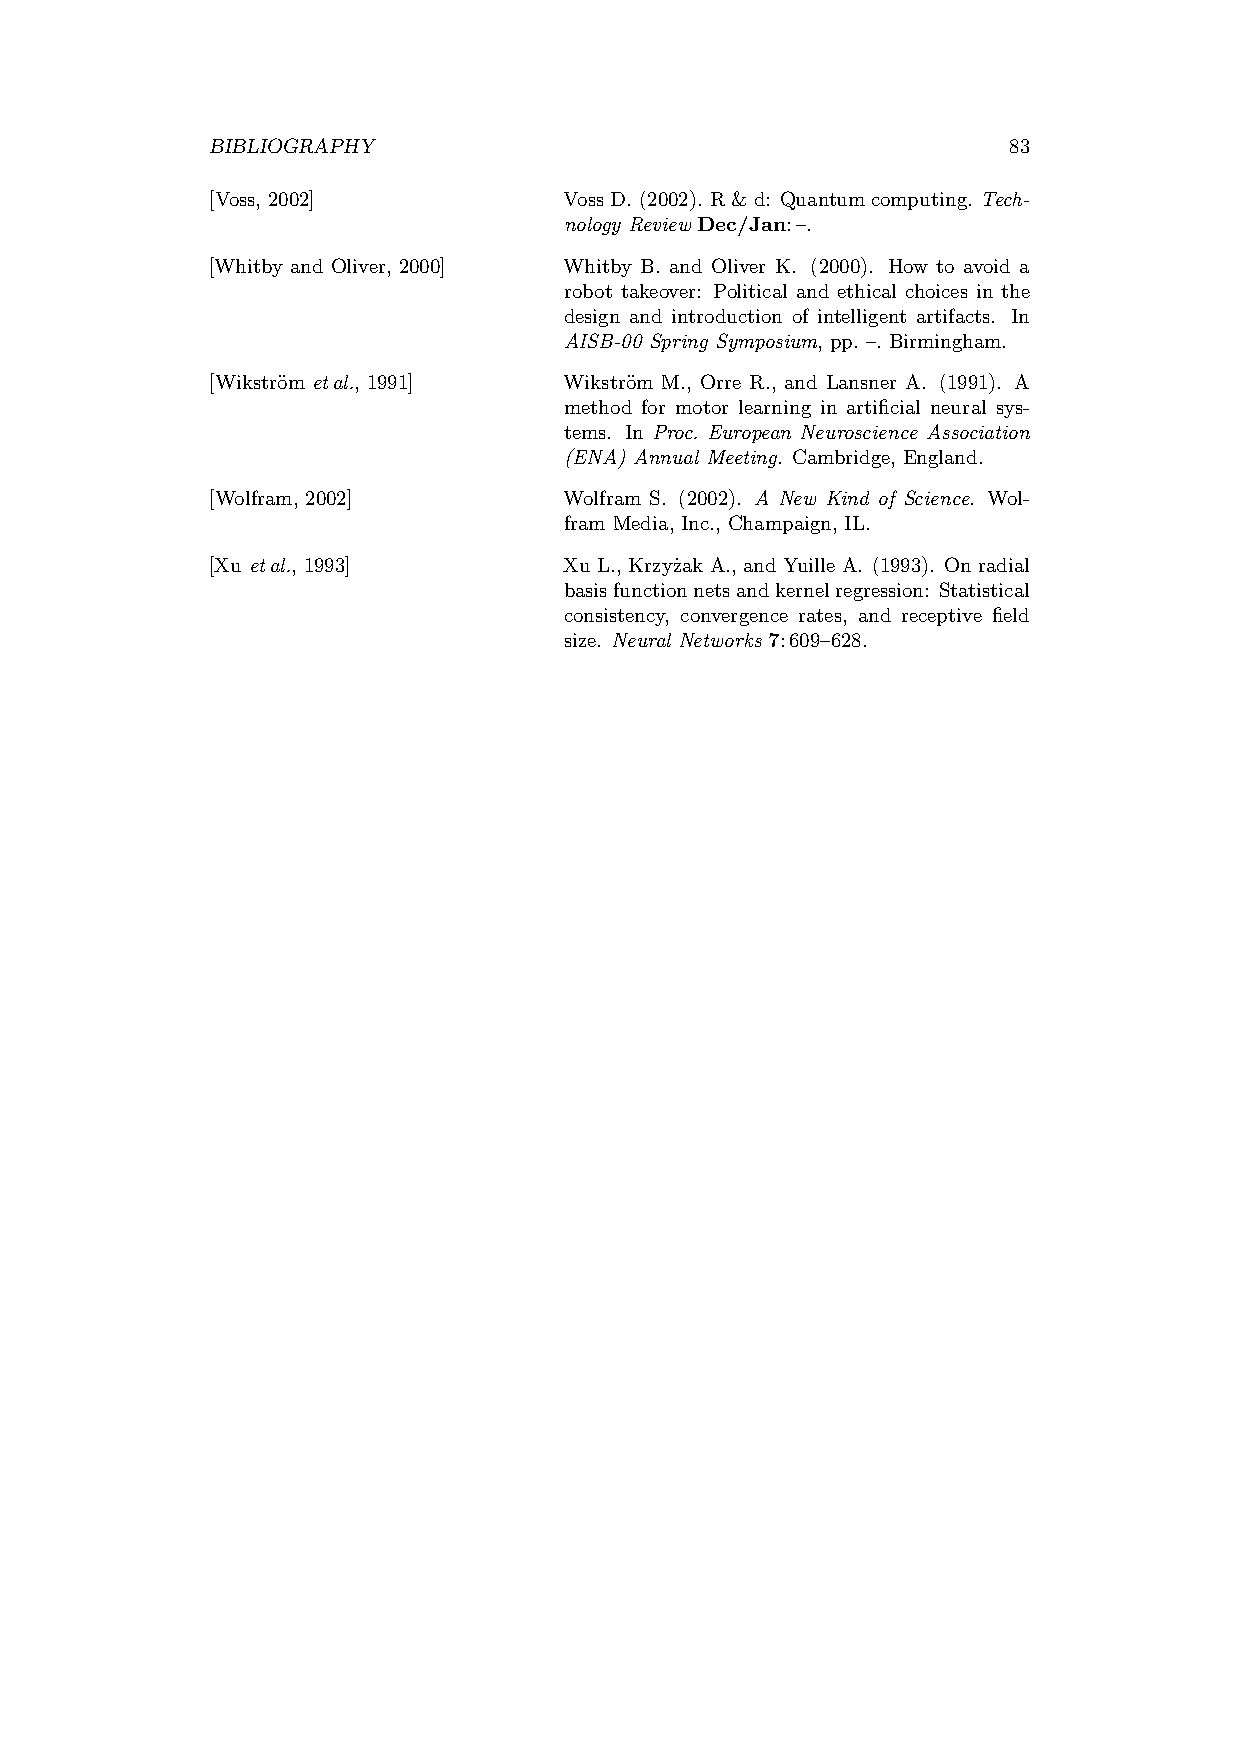
BIBLIOGRAPHY                                         83
 [Voss, 2002]           VossD. (2002). R&d: Quantumcomputing. Tech-
 nology Review Dec/Jan:–.
 [Whitby and Oliver, 2000] Whitby B. and Oliver K. (2000). How to avoid a
 robot takeover: Political and ethical choices in the
 design and introduction of intelligent artifacts. In
 AISB-00 Spring Symposium, pp. –. Birmingham.
 [Wikstr¨om etal., 1991] Wikstr¨om M., Orre R., and Lansner A. (1991). A
 method for motor learning in artificial neural sys-
 tems. In Proc. European Neuroscience Association
 (ENA) Annual Meeting. Cambridge, England.
 [Wolfram, 2002]        Wolfram S. (2002). A New Kind of Science. Wol-
 fram Media, Inc., Champaign, IL.
 [Xu etal., 1993]       Xu L., Krzyz˙ak A., and Yuille A. (1993). On radial
 basisfunctionnetsandkernelregression: Statistical
 consistency, convergence rates, and receptive field
 size. Neural Networks 7:609–628.